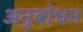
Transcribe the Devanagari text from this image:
अनुबोधन